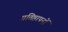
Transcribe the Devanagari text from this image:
प्रतिष्ठापनों